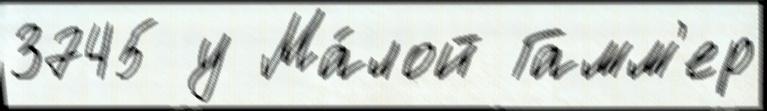
3745 у Ма́лой Гамм'ер